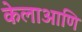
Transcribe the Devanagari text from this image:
केलाआणि